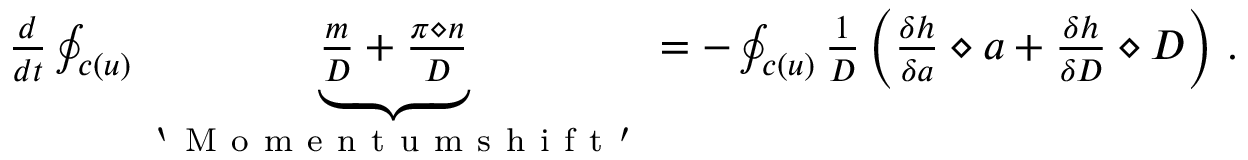
\begin{array} { r } { \frac { d } { d t } \oint _ { c ( u ) } \underbrace { \frac { m } { D } + \frac { \pi \diamond n } { D } } _ { \mathrm { ~ ` ~ M ~ o ~ m ~ e ~ n ~ t ~ u ~ m ~ s ~ h ~ i ~ f ~ t ~ ' ~ } } = - \oint _ { c ( u ) } \frac { 1 } { D } \left( \frac { \delta h } { \delta a } \diamond a + \frac { \delta h } { \delta D } \diamond D \right) \, . } \end{array}